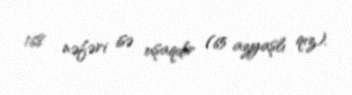
168 nəfəri isə uşaqdır (65 azyaşlı qız).